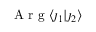
\mathrm { ~ A ~ r ~ g ~ } \langle \j _ { 1 } \lvert \j _ { 2 } \rangle